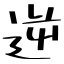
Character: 逆